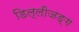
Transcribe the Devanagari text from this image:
डिल्लीजङ्ग